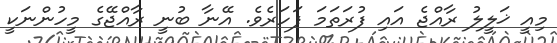
މިއީ ޚަލީލު ރާއްޖެ އައި ފުރަތަމަ ފަހަރެވެ. އޭނާ ބުނީ ރާއްޖޭގެ މީހުންނަކީ